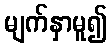
မျက်နှာမူ၍